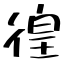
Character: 徨